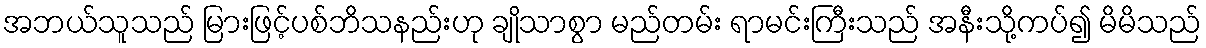
အဘယ်သူသည် မြားဖြင့်ပစ်ဘိသနည်းဟု ချိုသာစွာ မည်တမ်း ရာမင်းကြီးသည် အနီးသို့ကပ်၍ မိမိသည်